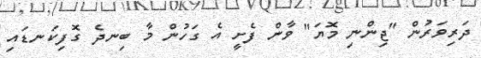
ދަރިވަރުން "ޖިންނި މޮޔަ" ވާން ފެށީ އެ ގަހުން މާ ބިނދެ ގޮފިކަނޑައި